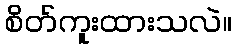
စိတ်ကူးထားသလဲ။